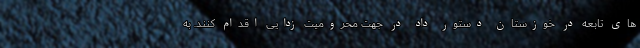
های تابعه در خوزستان دستور داد در جهت محرومیت زدایی اقدام کنند. به